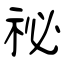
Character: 祕